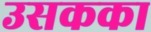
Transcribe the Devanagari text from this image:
उसकका